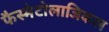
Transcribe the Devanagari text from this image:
फैस्मेटोलाजिकल